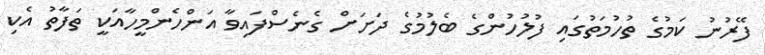
ފޭރުނު ކަމުގެ ތުހުމަތުގައި ފުލުހުންގެ ބެލުމުގެ ދަށަށް ގެނެސްފައިވާ އަންހެންމީހާއަކީ ތަފާތު އެކި